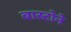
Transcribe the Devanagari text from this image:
बास्टोने